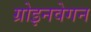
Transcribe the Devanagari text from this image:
ग्रोइनवेगन